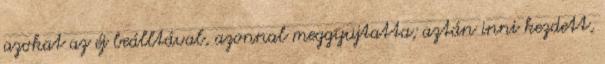
azokat az éj beálltával, azonnal meggyujtatta; aztán inni kezdett,